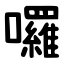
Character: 囉